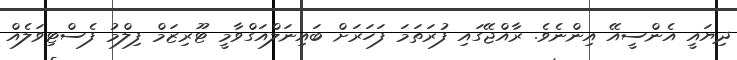
ދިޔައީ އެންސީއޭ އިންނެވެ. ރާއްޖޭގައި ފުރަތަމަ ފަހަރަށް ބައިނަލްއަގްވާމީ ޓޫރިޒަމް ފިލްމު ފެސްޓިވަލެއް